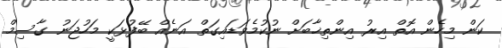
ކަން މިހެން އޮތް އިރު އިންތިޚާބަށް ނުކުމެވަޑައިގަތް އަނެއް ބޭފުޅަކީ މަހުޖަނު ގާސިމް